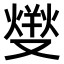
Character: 𤍛